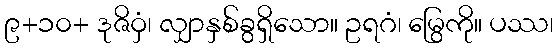
၉+၁၀+ ဒုဇိဝှံ၊ လျှာနှစ်ခွရှိသော။ ဥရဂံ၊ မြွေကို။ ပဿ၊